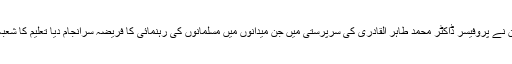
اسی سلسلہ میں تحریک منہاج القرآن نے پروفیسر ڈاکٹر محمد طاہر القادری کی سرپرستی میں جن میدانوں میں مسلمانوں کی رہنمائی کا فریضہ سرانجام دیا تعلیم کا شعبہ ان میں بطور خاص قابل ذکر ہے۔